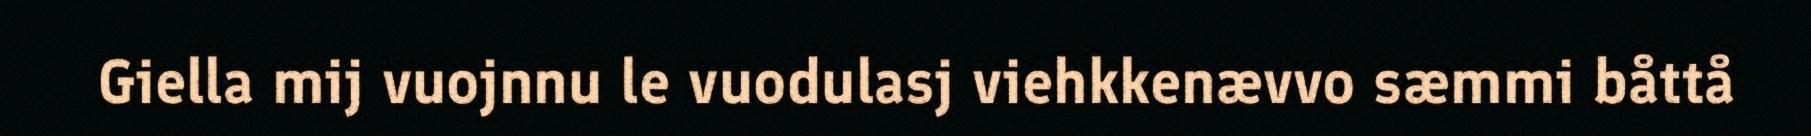
Giella mij vuojnnu le vuodulasj viehkkenævvo sæmmi båttå